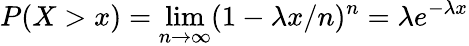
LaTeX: P(X>x)=\operatorname*{lim}_{n\to\infty}(1-\lambda x/n)^{n}=\lambda e^{-\lambda x}